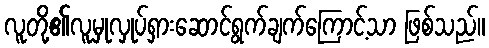
လူတို့၏လူမှုလှုပ်ရှားဆောင်ရွက်ချက်ကြောင့်သာ ဖြစ်သည်။